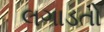
લગાડતો